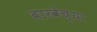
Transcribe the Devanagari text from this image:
बारवेच्या